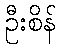
ဦးစိန်